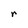
Character: r